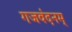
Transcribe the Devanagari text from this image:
गजवंदनम्